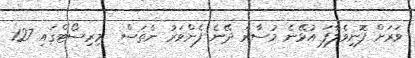
ވަރަށްް ފޮނިވެލާފަ އުޅޭނެ މުސާރަ ދޭނެ ފެންވަރު ނެތަސް  މިރިސޯޓްގައި 127